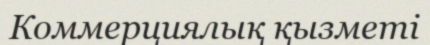
Коммерциялық қызметі